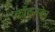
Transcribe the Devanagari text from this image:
कॉक्सवेन